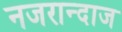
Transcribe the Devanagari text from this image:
नजरान्दाज